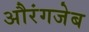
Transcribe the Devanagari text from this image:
अौरंगजेब